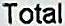
TOTAL